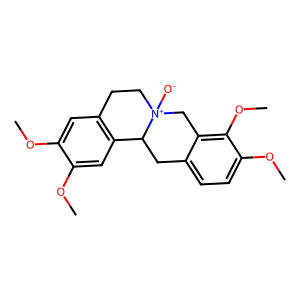
SMILES: COc1cc2c(cc1OC)C1Cc3ccc(OC)c(OC)c3C[N+]1([O-])CC2
Inhibits HIV replication: No